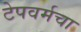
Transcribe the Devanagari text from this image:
टेपवर्मचा